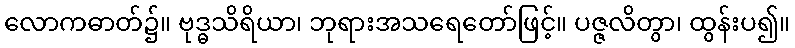
လောကဓာတ်၌။ ဗုဒ္ဓသိရိယာ၊ ဘုရားအသရေတော်ဖြင့်။ ပဇ္ဇလိတွာ၊ ထွန်းပ၍။